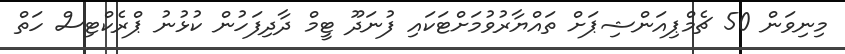
މިނިވަން 50 ޗެމްޕިއަންޝިޕަށް ތައްޔާރުވުމަށްޓަކައި ފުނަދޫ ޓީމް ދާދިފަހުން ކުޅުނު ޕްރެކްޓިސް ހަތް